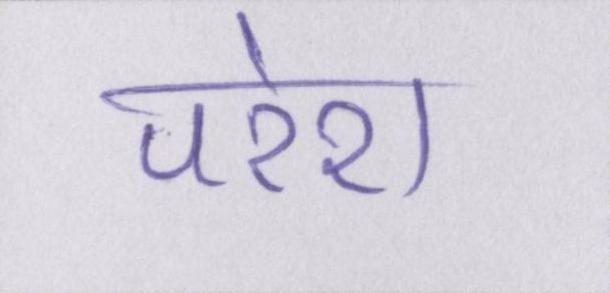
परेश